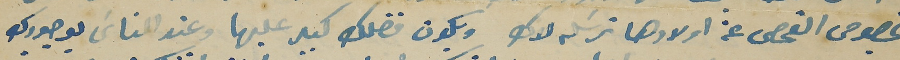
بخصوص الفحص عن اولادها ترسَله لاك ويكون فضلك كبير عليها وعند الناسَ بوجودك